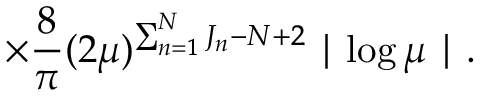
\times \frac { 8 } { \pi } ( 2 \mu ) ^ { \sum _ { n = 1 } ^ { N } J _ { n } - N + 2 } \mid \log \mu \mid .